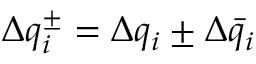
\Delta q _ { i } ^ { \pm } = \Delta q _ { i } \pm \Delta \bar { q } _ { i }